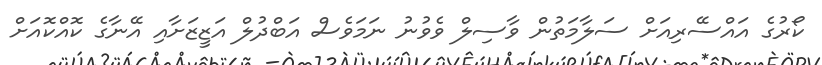
ކޯރުގެ އައްސޭރިއަށް ސަލާމަތުން ވާސިލް ވެވުނު ނަމަވެސް އަބްދުލް އަޒީޒަށާއި އޭނާގެ ކޮއްކޮއަށް